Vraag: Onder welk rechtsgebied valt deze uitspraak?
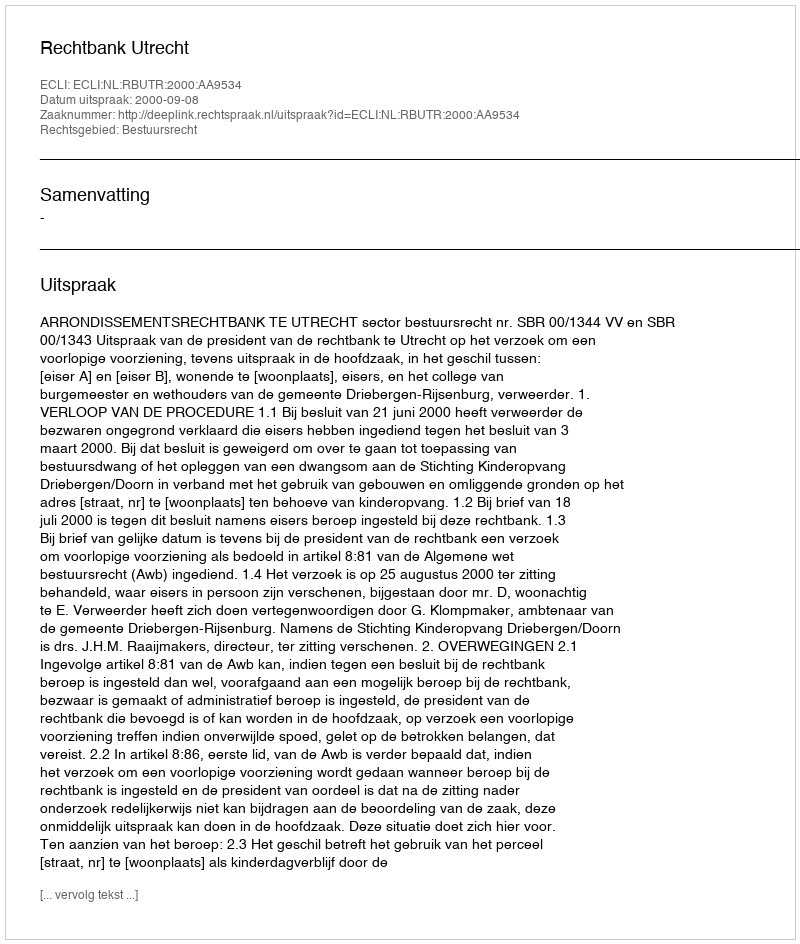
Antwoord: Bestuursrecht